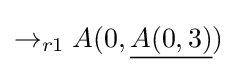
\rightarrow _{r1}A(0,{\underline {A(0,3)}})